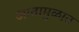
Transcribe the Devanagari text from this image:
आतामुळात